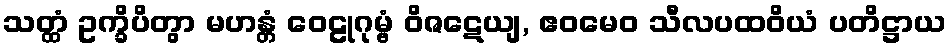
သတ္ထံ ဥက္ခိပိတွာ မဟန္တံ ဝေဠုဂုမ္ဗံ ဝိဇဋေယျ, ဧဝမေဝ သီလပထဝိယံ ပတိဋ္ဌာယ